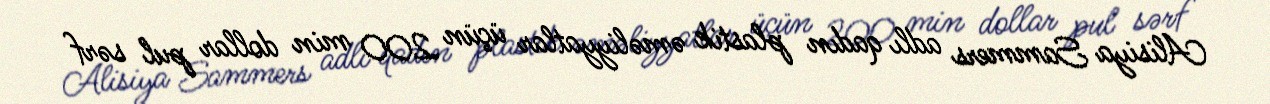
Alisiya Sammers adlı qadın plastik əməliyyatlar üçün 200 min dollar pul sərf